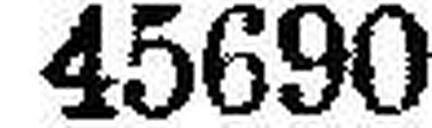
45690